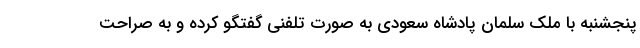
پنجشنبه با ملک سلمان پادشاه سعودی به صورت تلفنی گفتگو کرده و به صراحت